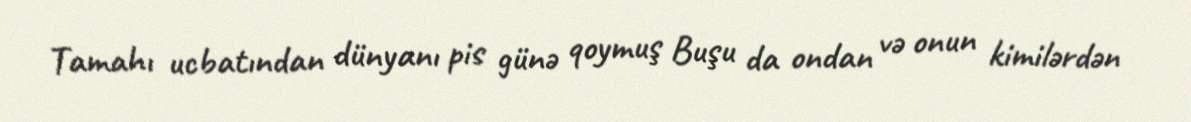
Tamahı ucbatından dünyanı pis günə qoymuş Buşu da ondan və onun kimilərdən